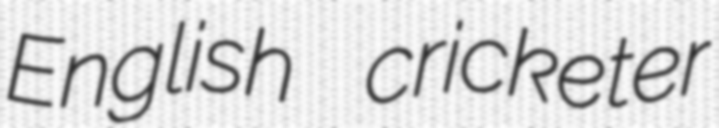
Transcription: English cricketer